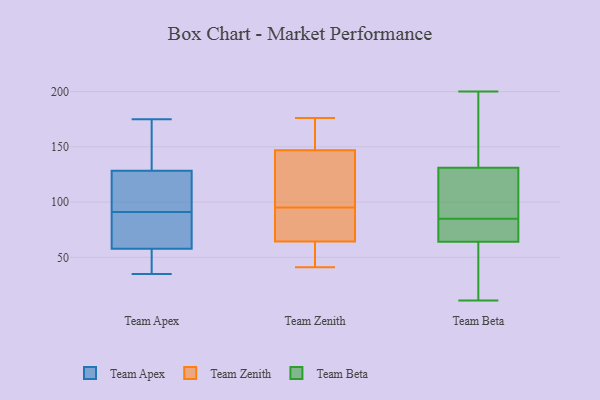
{"axis": {"x": "Production Output", "y": "Value"}, "legend": ["Team Apex", "Team Beta", "Team Zenith"], "data": [{"x": "", "y": 173, "type": "Team Apex"}, {"x": "", "y": 175, "type": "Team Apex"}, {"x": "", "y": 51, "type": "Team Apex"}, {"x": "", "y": 97, "type": "Team Apex"}, {"x": "", "y": 69, "type": "Team Apex"}, {"x": "", "y": 91, "type": "Team Apex"}, {"x": "", "y": 72, "type": "Team Apex"}, {"x": "", "y": 39, "type": "Team Apex"}, {"x": "", "y": 60, "type": "Team Apex"}, {"x": "", "y": 127, "type": "Team Apex"}, {"x": "", "y": 132, "type": "Team Apex"}, {"x": "", "y": 35, "type": "Team Apex"}, {"x": "", "y": 91, "type": "Team Apex"}, {"x": "", "y": 135, "type": "Team Zenith"}, {"x": "", "y": 85, "type": "Team Zenith"}, {"x": "", "y": 176, "type": "Team Zenith"}, {"x": "", "y": 65, "type": "Team Zenith"}, {"x": "", "y": 95, "type": "Team Zenith"}, {"x": "", "y": 116, "type": "Team Zenith"}, {"x": "", "y": 41, "type": "Team Zenith"}, {"x": "", "y": 64, "type": "Team Zenith"}, {"x": "", "y": 162, "type": "Team Zenith"}, {"x": "", "y": 151, "type": "Team Zenith"}, {"x": "", "y": 61, "type": "Team Zenith"}, {"x": "", "y": 158, "type": "Team Beta"}, {"x": "", "y": 115, "type": "Team Beta"}, {"x": "", "y": 113, "type": "Team Beta"}, {"x": "", "y": 93, "type": "Team Beta"}, {"x": "", "y": 191, "type": "Team Beta"}, {"x": "", "y": 77, "type": "Team Beta"}, {"x": "", "y": 39, "type": "Team Beta"}, {"x": "", "y": 200, "type": "Team Beta"}, {"x": "", "y": 131, "type": "Team Beta"}, {"x": "", "y": 64, "type": "Team Beta"}, {"x": "", "y": 64, "type": "Team Beta"}, {"x": "", "y": 34, "type": "Team Beta"}, {"x": "", "y": 174, "type": "Team Beta"}, {"x": "", "y": 99, "type": "Team Beta"}, {"x": "", "y": 11, "type": "Team Beta"}, {"x": "", "y": 69, "type": "Team Beta"}, {"x": "", "y": 65, "type": "Team Beta"}, {"x": "", "y": 47, "type": "Team Beta"}]}